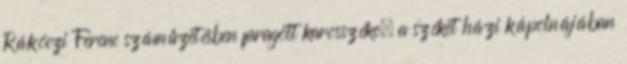
Rákóczi Ferenc száműzetésben faragott karosszéke, a széket házi kápolnájában